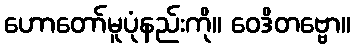
ဟောတော်မူပုံနည်းကို။ ဝေဒိတဗ္ဗော။